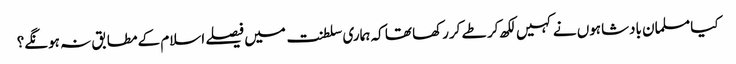
کیا مسلمان بادشاہوں نے کہیں لکھ کر طے کررکھا تھا کہ ہماری سلطنت میں فیصلے اسلام کے مطابق نہ ہونگے؟